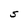
Character: S